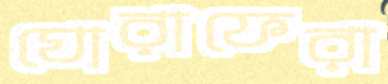
ঘোরাফেরা